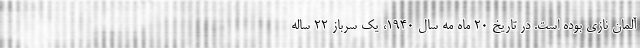
آلمان نازی بوده است. در تاریخ 20 ماه مه سال 1940، یک سرباز 22 ساله